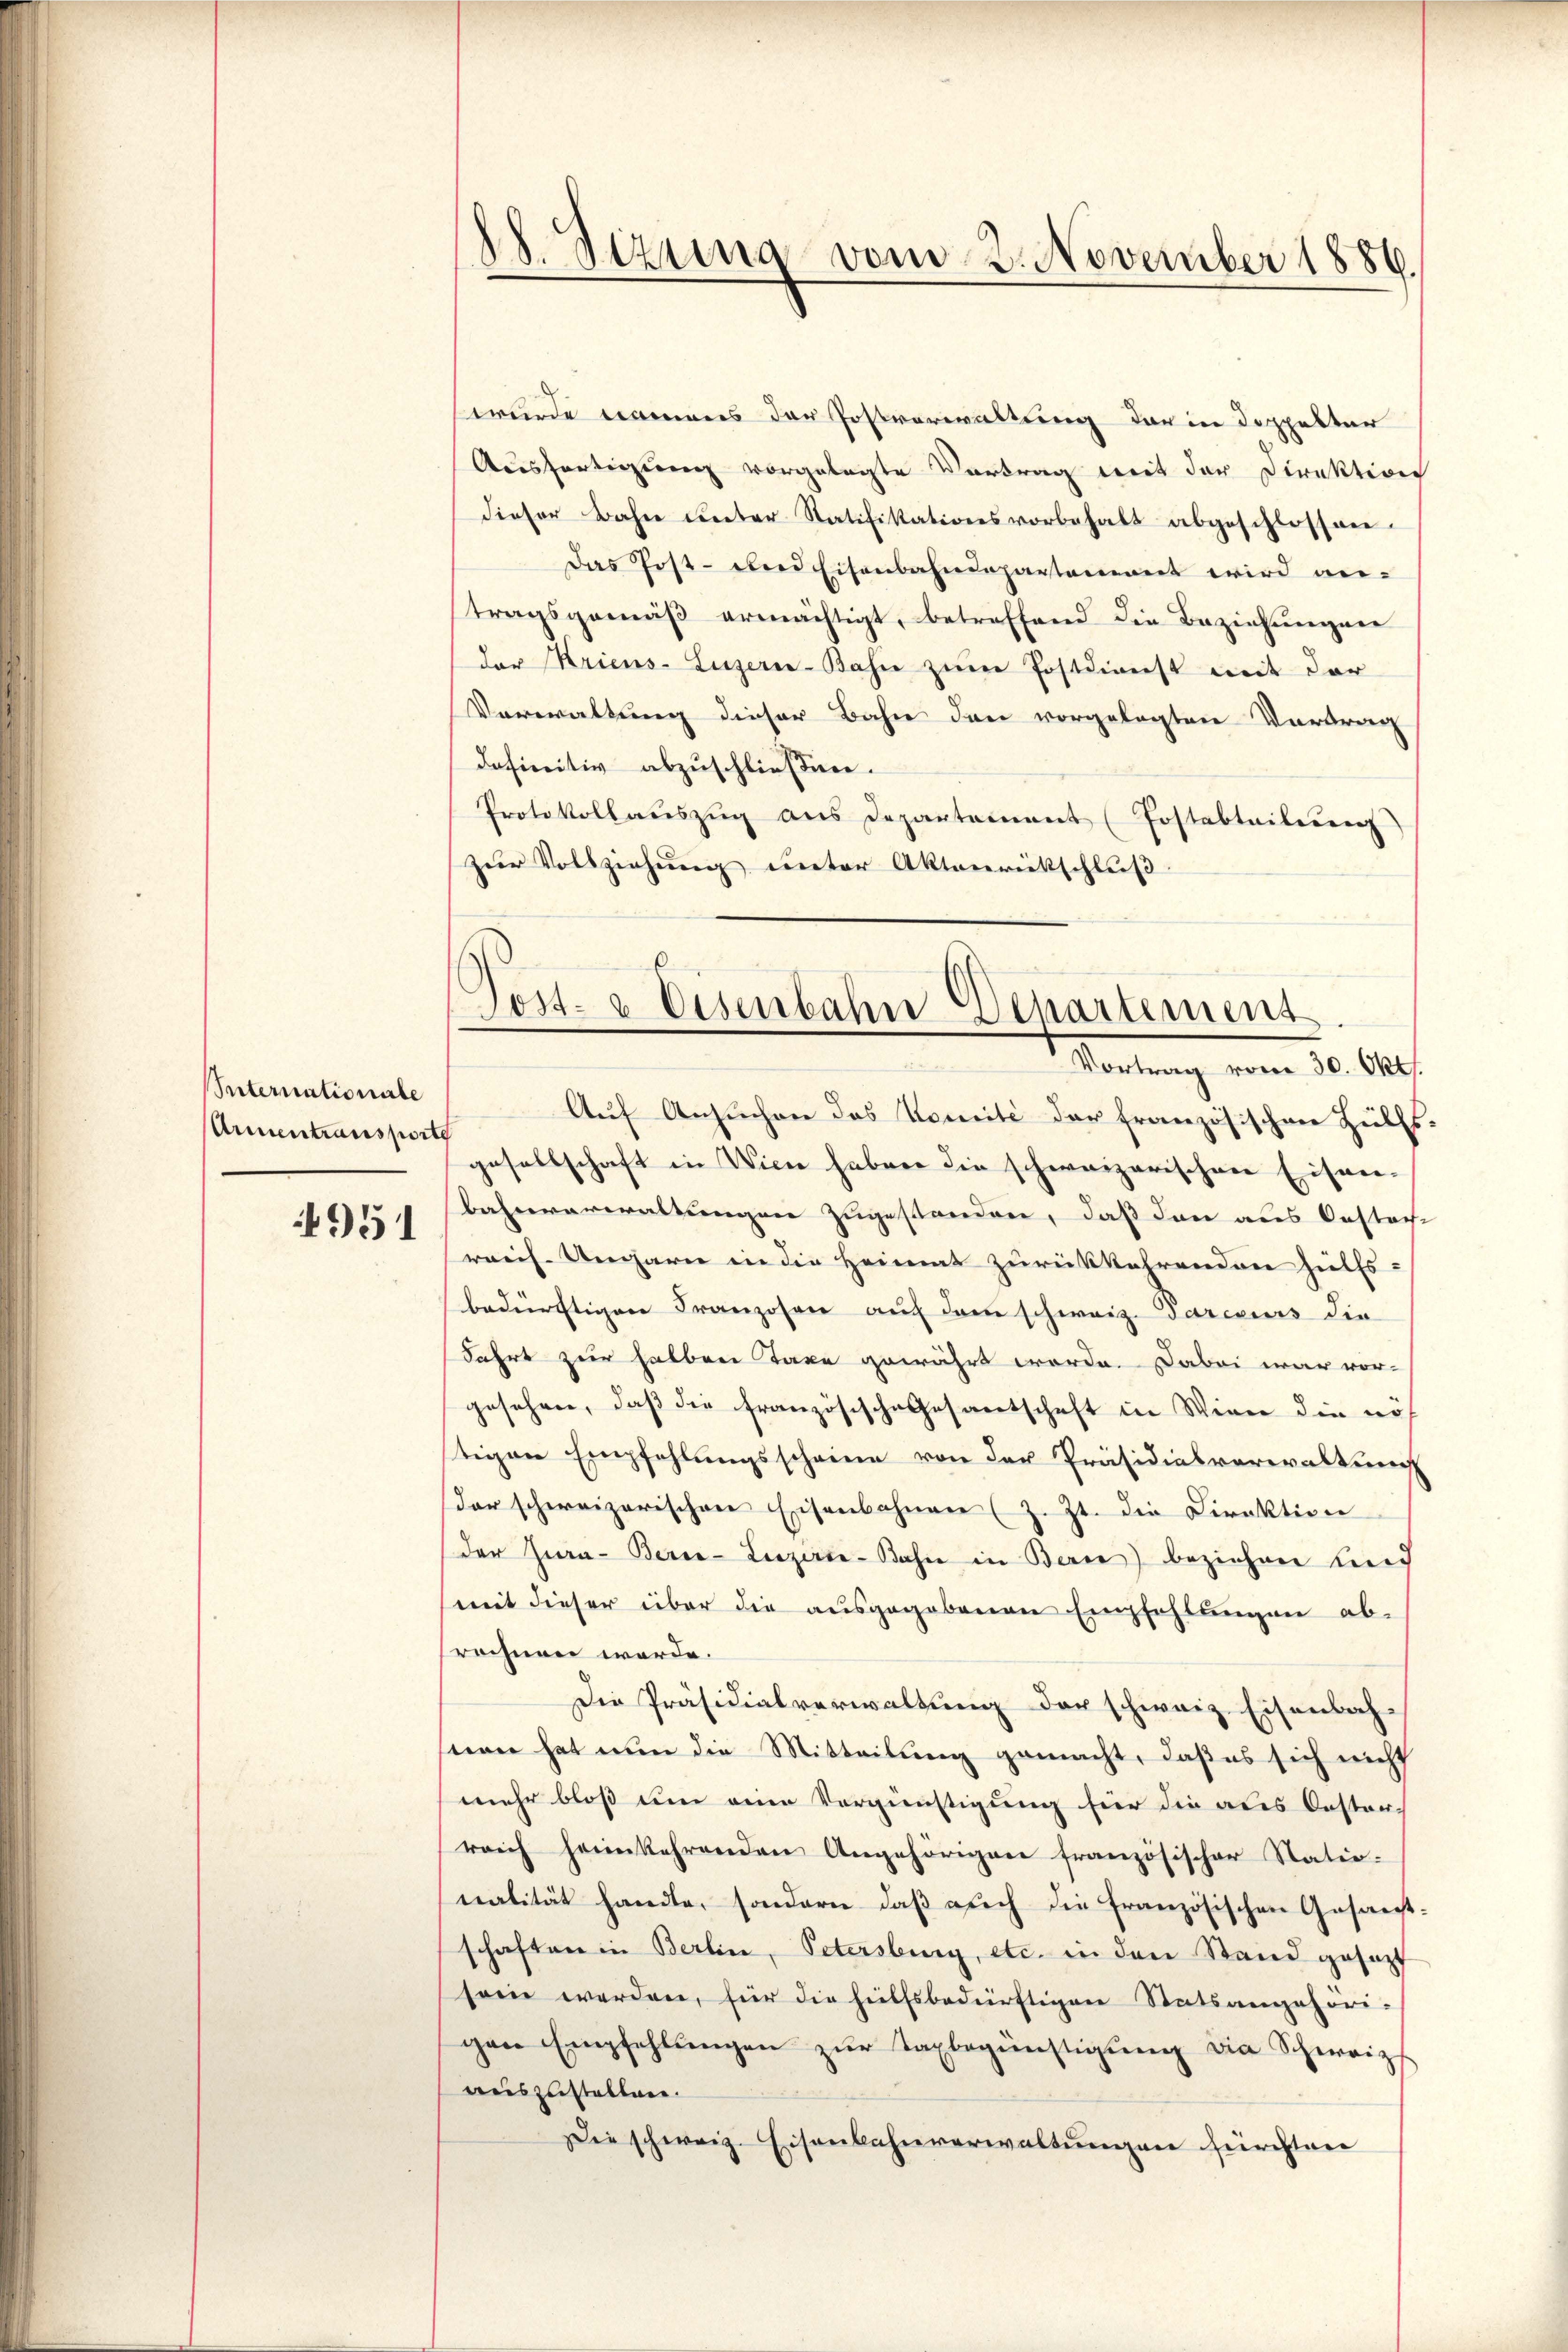
Sternationale
Armentransporte

4951

Auf Ansuchen das Komité der französischen Hülfsgesellschaft in Wien haben die schweizerischen Eisen-
bahnverwaltungen zugestanden, daß dann aus Oestech
reich Ungarn in die Heimat zurückkehrenden Hülfs-
bedürftigen Franzosen auf dem schweiz. Parecurs die
Fahrt zur halben Taxe gewährt werde. Dabei war vor-
gesehen, daß die Französische Gesantschaft in Wien die noch
tigen Empfehlungsscheine von der Präsidialverwaltung
Der schweizerischen Eisenbahnen (z. Zt. die Direktion
der Jura-Berce-Luzerce-Basie in Bern) beziehen und
(mit dieser über die ausgegebenen Empfehlungen abrochnen werde.
Die Präsidialverwaltung der schweiz. Eisenbach-
serer hat nun die Mitteilung gemacht, daß es sich nicht
mehr bloß um eine Vergünstigung für die aus Oester
reich heimkehrenden Angehörigen französischer Statio-
nalität handle, sondern, daß auch die französischen Gesanstschaften in Berlin, Petersburg, etc. in den Stand gesezt
sein werden, für die hülfsbedürftigen Statsangehöri-
gen Empfehlŭngen zŭr Taxbegünstigŭng die Schweiz
auszustellen.
Die schweiz. Eisenbahnverwaltungen fürchten

dl. Sizung vom 2. November 1886.

wurde namens der Postverwaltung darin doppelter
Ausfertigung vorgelegte Vortrag mit der Direktion
dieser Bahn unter Ratifikationsvorbehalt abgeschlossen.
Das Post- und Eisenbahndepartement wird antragsgemäβ ermächtigt, betreffend die Beziehungen
der Kriens-Luzerne-Bahne zum Postdienst mit der
Verwaltung dieser Bahn den vorgelegten Vortrag
definitiv abzuschließen.
Protokoll aŭszŭg ans Departement (Postabteilung
zur Vollziehung unter Aktenrückschluß.

Gost- & Eisenbahn Departement
Vortrag vom 30. Okt.